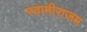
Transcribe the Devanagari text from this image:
स्वामीराजम